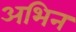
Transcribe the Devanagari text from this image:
अभिन